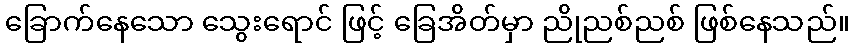
ခြောက်နေသော သွေးရောင် ဖြင့် ခြေအိတ်မှာ ညိုညစ်ညစ် ဖြစ်နေသည်။